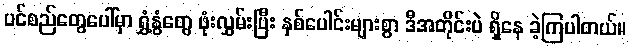
ပင်စည်တွေပေါ်မှာ ရွှံ့နွံတွေ ဖုံးလွှမ်းပြီး နှစ်ပေါင်းများစွာ ဒီအတိုင်းပဲ ရှိနေ ခဲ့ကြပါတယ်။